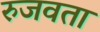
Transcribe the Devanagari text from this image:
रुजवता